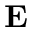
\mathbf { E }